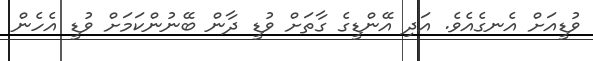
ވުޑީއަށް އެނގެއެވެ. އަދި އޭންޑީގެ ގާތަށް ވުޑީ ދާން ބޭނުންކަމަށް ވުޑީ އެހެން